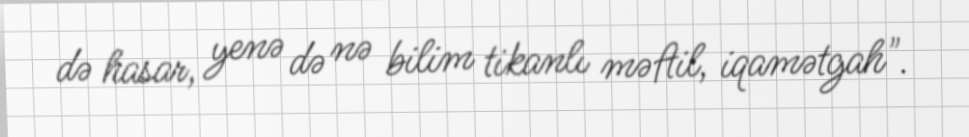
də hasar, yenə də nə bilim tikanlı məftil, iqamətgah".